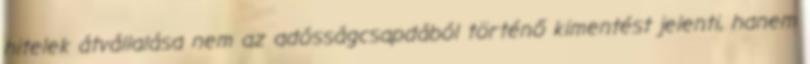
hitelek átvállalása nem az adósságcsapdából történő kimentést jelenti, hanem